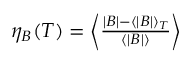
\begin{array} { r } { \eta _ { B } ( T ) = \left\langle \frac { | B | - \langle | B | \rangle _ { T } } { \langle | B | \rangle } \right\rangle } \end{array}